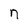
Character: n